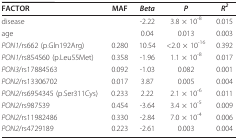
<table><thead><tr><td><b>FACTOR</b></td><td><b>MAF</b></td><td><b><i>Beta</i></b></td><td><b><i>P</i></b></td><td><b><i>R</i><sup><i>2</i></sup></b></td></tr></thead><tbody><tr><td>disease</td><td></td><td>-2.22</td><td>3.8 × 10<sup>-8</sup></td><td>0.015</td></tr><tr><td>age</td><td></td><td>0.04</td><td>0.013</td><td>0.003</td></tr><tr><td><i>PON1</i>/rs662 (p.Gln192Arg)</td><td>0.280</td><td>10.54</td><td>&lt;2.0 × 10<sup>-16</sup></td><td>0.392</td></tr><tr><td><i>PON1</i>/rs854560 (p.Leu55Met)</td><td>0.358</td><td>-1.96</td><td>1.1 × 10<sup>-8</sup></td><td>0.017</td></tr><tr><td><i>PON3</i>/rs17884563</td><td>0.092</td><td>-1.03</td><td>0.082</td><td>0.001</td></tr><tr><td><i>PON2</i>/rs13306702</td><td>0.017</td><td>3.87</td><td>0.005</td><td>0.004</td></tr><tr><td><i>PON2</i>/rs6954345 (p.Ser311Cys)</td><td>0.233</td><td>2.22</td><td>2.1 × 10<sup>-6</sup></td><td>0.011</td></tr><tr><td><i>PON2</i>/rs987539</td><td>0.454</td><td>-3.64</td><td>3.4 × 10<sup>-5</sup></td><td>0.009</td></tr><tr><td><i>PON2</i>/rs11982486</td><td>0.330</td><td>-2.84</td><td>7.0 × 10<sup>-4</sup></td><td>0.006</td></tr><tr><td><i>PON2</i>/rs4729189</td><td>0.223</td><td>-2.61</td><td>0.003</td><td>0.004</td></tr></tbody></table>